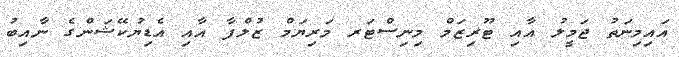
އައިމިނަތު ޖަމީލު އާއި ޓޫރިޒަމް މިނިސްޓަރ މަރިޔަމް ޒުލްފާ އާއި އެޑިޔުކޭޝަންގެ ނާއިބު